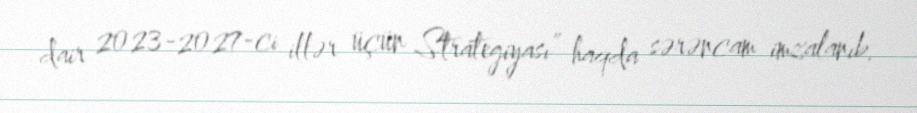
dair 2023-2027-ci illər üçün Strategiyası” haqda sərəncam imzalanıb.